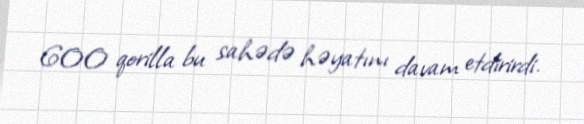
600 qorilla bu sahədə həyatını davam etdirirdi.